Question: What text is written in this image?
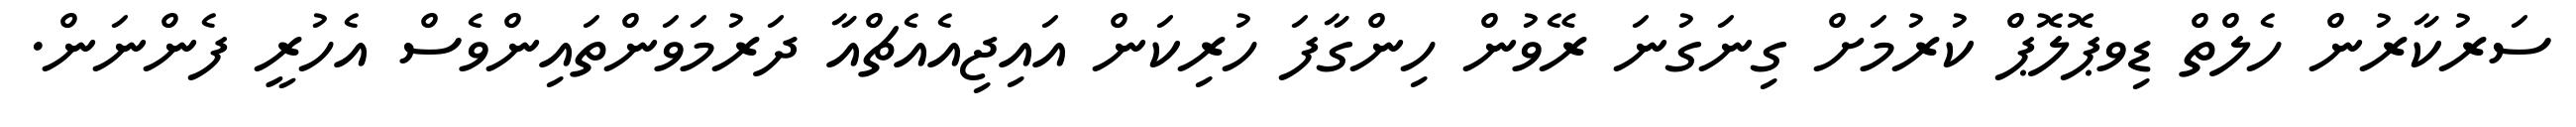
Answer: ސަރުކާރުން ހެލްތް ޑިވޕޮލޮޕް ކުރުމަށް ގިނަގުނަ ރޭވުން ހިންގާފަ ހުރިކަން އައިޖިއެއެޗްއާ ދަރުމަވަންތައިންވެސް އެހުރީ ފެންނަން.